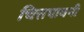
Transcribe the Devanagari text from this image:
चित्तपावनी